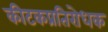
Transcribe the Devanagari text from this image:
कीटकप्रतिरोधक